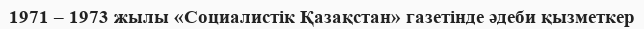
1971 – 1973 жылы «Социалистік Қазақстан» газетінде әдеби қызметкер